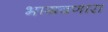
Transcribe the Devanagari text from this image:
भागवणारा